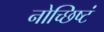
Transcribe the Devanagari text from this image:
नोच्छिष्टं